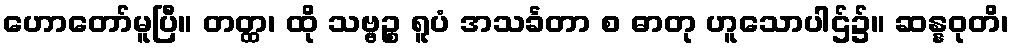
ဟောတော်မူပြီ။ တတ္ထ၊ ထို သဗ္ဗဉ္စ ရူပံ အသင်္ခတာ စ ဓာတု ဟူသောပါဌ်၌။ ဆန္နဝုတိ၊